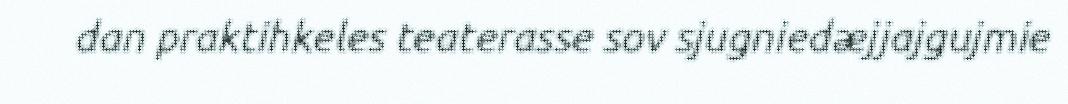
dan praktihkeles teaterasse sov sjugniedæjjajgujmie